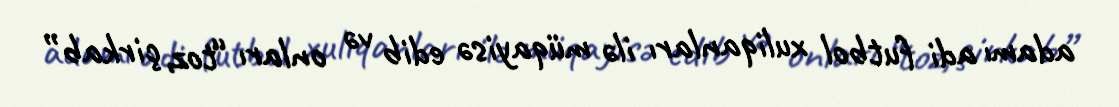
adamı adi futbol xuliqanları ilə müqayisə edib və onları “toz, çirkab”